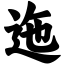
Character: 迤